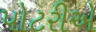
પોટરીએ